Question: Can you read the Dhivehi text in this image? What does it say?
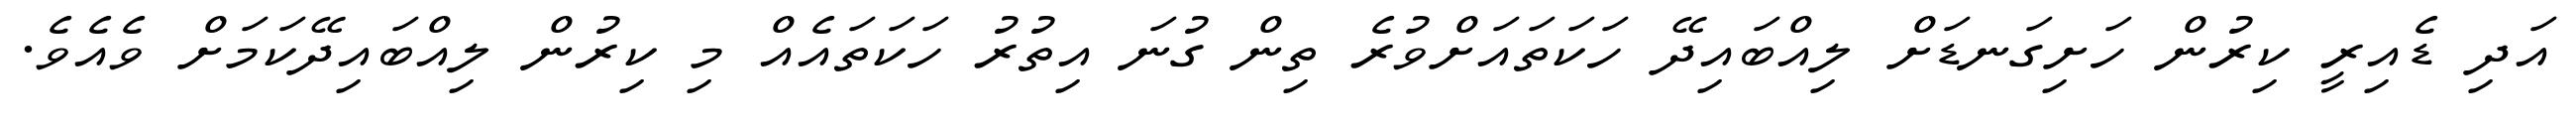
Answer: އަދި ޑެއިރީ ކިރުން ހަށިގަނޑަށް ލިއްބައިދޭ ހަކަތައަށްވުރެ ތިން ގުނަ އިތުރު ހަކަތައެއް މި ކިރުން ލިއްބައިދޭކަމަށް ވެއެވެ.